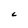
Character: L